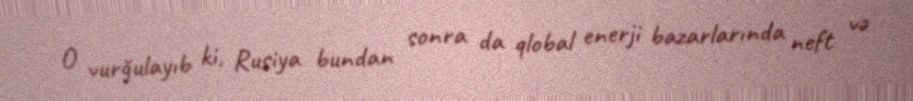
O vurğulayıb ki, Rusiya bundan sonra da qlobal enerji bazarlarında neft və